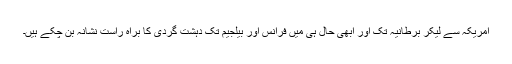
امریکہ سے لیکر برطانیہ تک اور ابھی حال ہی میں فرانس اور بیلجیم تک دہشت گردی کا براہ راست نشانہ بن چکے ہیں۔